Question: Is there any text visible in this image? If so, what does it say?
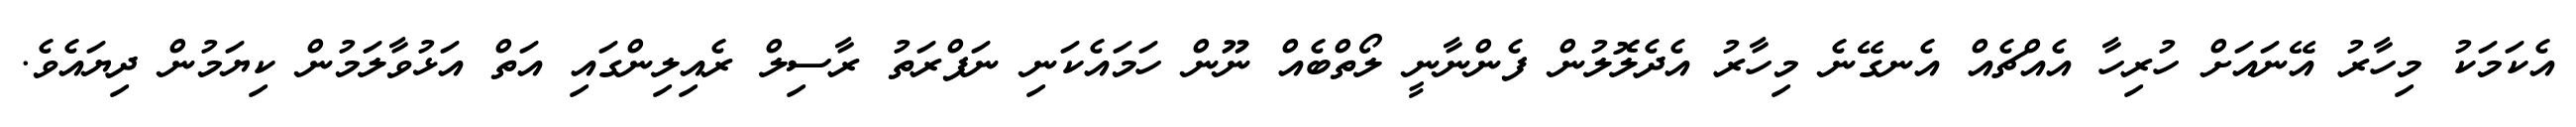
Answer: އެކަމަކު މިހާރު އޭނައަށް ހުރިހާ އެއްޗެއް އެނގޭނެ މިހާރު އެދެލޮލުން ފެންނާނީ ލޯތްބެއް ނޫން ހަމައެކަނި ނަފްރަތު ރާސިލް ރެއިލިންގައި އަތް އަޅުވާލަމުން ކިޔަމުން ދިޔައެވެ.